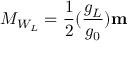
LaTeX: M _ { W _ { L } } = \frac { 1 } { 2 } ( \frac { g _ { L } } { g _ { 0 } } ) \mathbf { m }